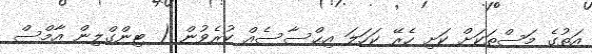
އަތުގެ މަސްތަކަށް ކަށި ހެރޭ ކަހަލަ އިޙްސާސެއް ކުރެވުން ( ޓިންގްލިން އާމްސް